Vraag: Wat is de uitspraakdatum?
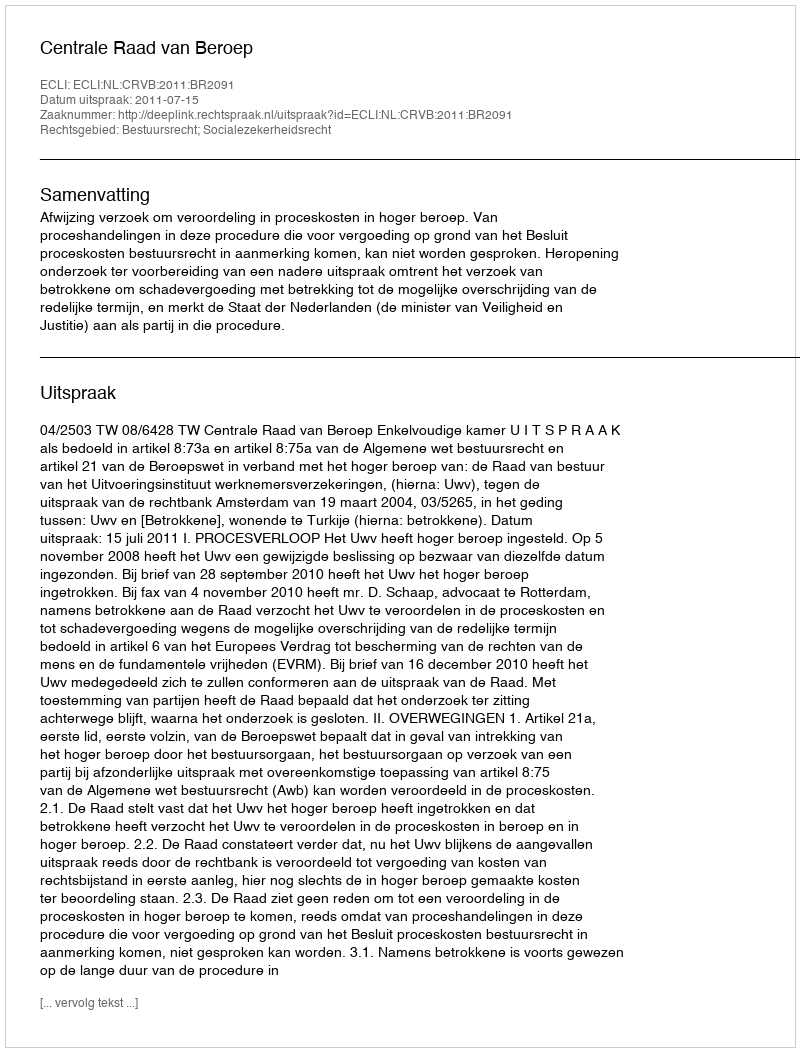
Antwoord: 2011-07-15